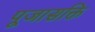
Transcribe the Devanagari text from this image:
पूजासक्ति